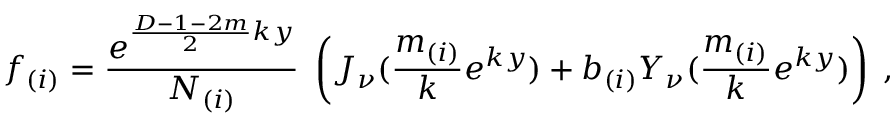
f _ { ( i ) } = \frac { e ^ { \frac { D - 1 - 2 m } { 2 } k y } } { N _ { ( i ) } } \; \left( J _ { \nu } ( \frac { m _ { ( i ) } } { k } e ^ { k y } ) + b _ { ( i ) } Y _ { \nu } ( \frac { m _ { ( i ) } } { k } e ^ { k y } ) \right) \; ,